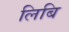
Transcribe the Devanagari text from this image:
लिबि